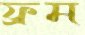
ফ্রম